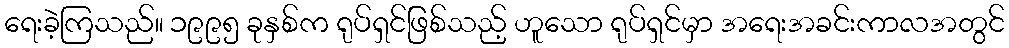
ရေးခဲ့ကြသည်။ ၁၉၉၅ ခုနှစ်က ရုပ်ရှင်ဖြစ်သည့် ဟူသော ရုပ်ရှင်မှာ အရေးအခင်းကာလအတွင်